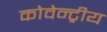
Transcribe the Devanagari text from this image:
कोवेन्ट्रीय